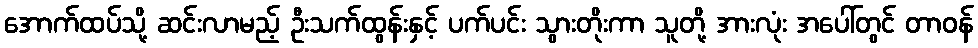
အောက်ထပ်သို့ ဆင်းလာမည့် ဦးသက်ထွန်းနှင့် ပက်ပင်း သွားတိုးကာ သူတို့ အားလုံး အပေါ်တွင် တာဝန်